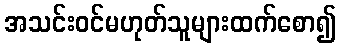
အသင်းဝင်မဟုတ်သူများထက်စော၍